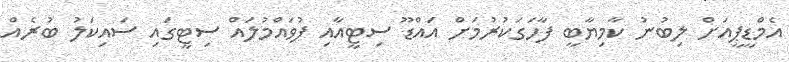
އެމްޑީޕީއަށް ލިބުނު ކާމިޔާބީ ފާހަގަކުރުމަށް އައްޑޫ ސިޓީއާއި ފުވައްމުލައް ސިޓީގައި ސައިކަލު ބުރެއް